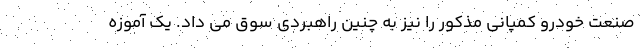
صنعت خودرو کمپانی مذکور را نیز به چنین راهبردی سوق می داد. یک آموزه